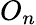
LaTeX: O_{n}